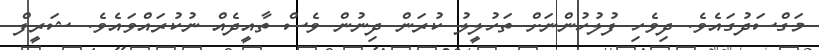
މަގްސަދުގައެވެ. ދިވެހި ފުލުހުންނަށް ތަހުލީލު ކުރަން ދިނުން ވެސް ތާއީދެއް ނުކުރައްވައެވެ. ޝަރީފް